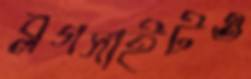
ব্লগসাইটও